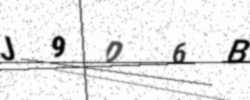
Text: J9D6B